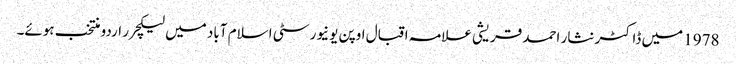
1978 میں ڈاکٹر نثار احمد قریشی علامہ اقبال اوپن یونیورسٹی اسلام آباد میں لیکچرر اردو منتخب ہوئے۔